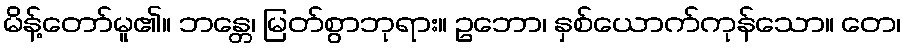
မိန့်တော်မူ၏။ ဘန္တေ၊ မြတ်စွာဘုရား။ ဥဘော၊ နှစ်ယောက်ကုန်သော။ တေ၊